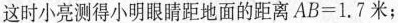
这时小亮测得小明眼睛距地面的距离$$A B = 1 . 7米$$；